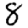
Digit: 8